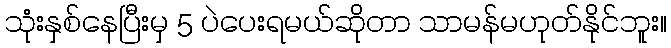
သုံးနှစ်နေပြီးမှ 5 ပဲပေးရမယ်ဆိုတာ သာမန်မဟုတ်နိုင်ဘူး။